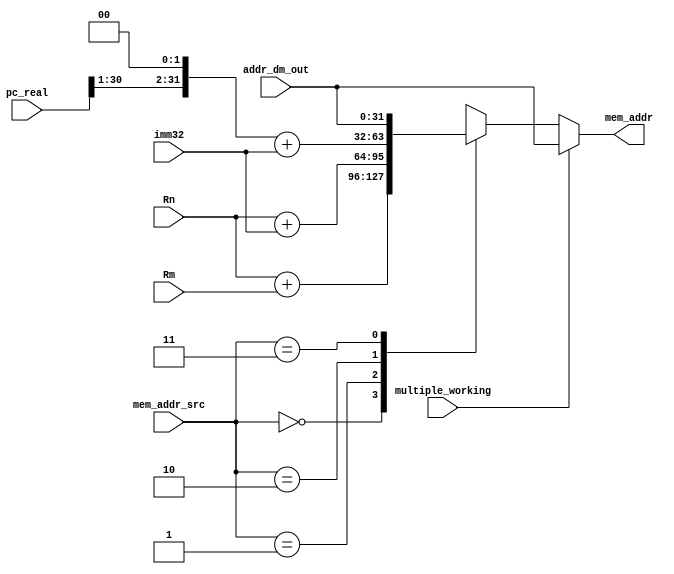
//ngMEMaddr (mem_addr_src) (gP@)
`define S4_RN_RM 2'd0
`define S4_RN_IMM32 2'd1
`define S4_PC_ALIGN_IMM32 2'd2
`define S4_addr_dm_out 2'd3

module mux_mem_addr(
		Rn,
		Rm,
		imm32,
		pc_real,
		addr_dm_out,
		multiple_working,
		mem_addr_src,
		mem_addr	);

input [31:0] Rn;
input [31:0] Rm;
input [31:0] imm32;
input [31:0] pc_real;
input [31:0] addr_dm_out;

input multiple_working;
input [1:0] mem_addr_src;

output [31:0] mem_addr;

reg [31:0] mem_addr;

always@(Rn or Rm or imm32 or pc_real or addr_dm_out or multiple_working or mem_addr_src)begin
	if(multiple_working)
		mem_addr <= addr_dm_out;
	else
		case(mem_addr_src)
			`S4_RN_RM: mem_addr<= Rn+Rm;
			`S4_RN_IMM32: mem_addr<=Rn+imm32;
			`S4_PC_ALIGN_IMM32: mem_addr<= {pc_real[31:1],2'd0}+imm32;
			`S4_addr_dm_out: mem_addr<= addr_dm_out;
			default: mem_addr<=0;
		endcase
end
endmodule